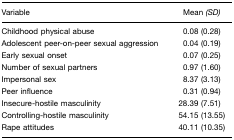
<table><thead><tr><td><b>Variable</b></td><td><b>Mean <i>(SD)</i></b></td></tr></thead><tbody><tr><td>Childhood physical abuse</td><td>0.08 (0.28)</td></tr><tr><td>Adolescent peer-on-peer sexual aggression</td><td>0.04 (0.19)</td></tr><tr><td>Early sexual onset</td><td>0.07 (0.25)</td></tr><tr><td>Number of sexual partners</td><td>0.97 (1.60)</td></tr><tr><td>Impersonal sex</td><td>8.37 (3.13)</td></tr><tr><td>Peer influence</td><td>0.31 (0.94)</td></tr><tr><td>Insecure-hostile masculinity</td><td>28.39 (7.51)</td></tr><tr><td>Controlling-hostile masculinity</td><td>54.15 (13.55)</td></tr><tr><td>Rape attitudes</td><td>40.11 (10.35)</td></tr></tbody></table>